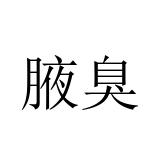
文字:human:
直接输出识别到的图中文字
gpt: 腋臭